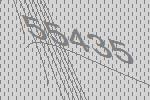
55435